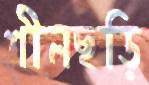
শীলছড়ি